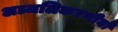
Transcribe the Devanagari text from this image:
अञ्जलिकरणीयो